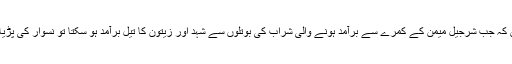
تو جناب ہم تو اب اس نتیجے پر پہنچے ہیں کہ جب شرجیل میمن کے کمرے سے برآمد ہونے والی شراب کی بوتلوں سے شہد اور زیتون کا تیل برآمد ہو سکتا تو نسوار کی پڑیا سے لونگ اور سونف بھی نکل سکتی ہے۔